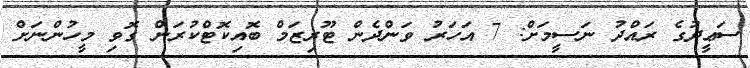
ސަޢީދުގެ ރައްދު ނަސީމަށް: 7 އަހަރު ވަންދެން ޓޫރިޒަމް ބޮއިކޮޓްކުރަން ގޮވި މީހުންނަށް